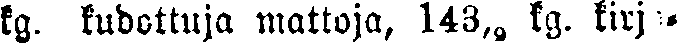
kg. kudottuja mattoja, 143,3 kg. kirja-